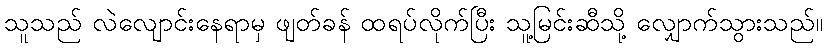
သူသည် လဲလျောင်းနေရာမှ ဖျတ်ခန် ထရပ်လိုက်ပြီး သူ့မြင်းဆီသို့ လျှောက်သွားသည်။